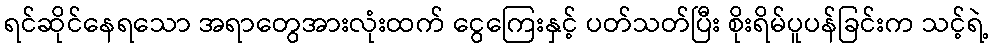
ရင်ဆိုင်နေရသော အရာတွေအားလုံးထက် ငွေကြေးနှင့် ပတ်သတ်ပြီး စိုးရိမ်ပူပန်ခြင်းက သင့်ရဲ့